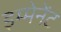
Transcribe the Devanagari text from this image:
इम्मेनेंट